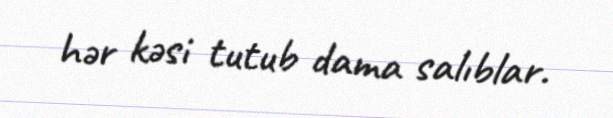
hər kəsi tutub dama salıblar.